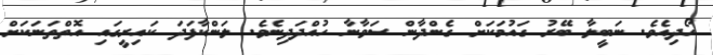
ހޯދިއެވެ. ނަބީލާ ބޭރު ގައުމަކަށް ގެންދާން ސަވާނާ ހުއްދަދިނެވެ. ލަންކާފަދަ ކައިރީގައި އޮތްތަނަކަށް